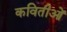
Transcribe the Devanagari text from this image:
कवितीओं